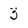
Character: 3